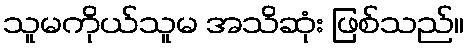
သူမကိုယ်သူမ အသိဆုံး ဖြစ်သည်။